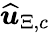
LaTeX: \widehat{\boldsymbol{u}}_{\Xi,c}